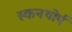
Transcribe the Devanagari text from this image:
स्कनथोर्प